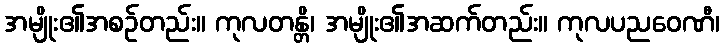
အမျိုး၏အစဉ်တည်း။ ကုလတန္တိ၊ အမျိုး၏အဆက်တည်း။ ကုလပညဝေဏီ၊